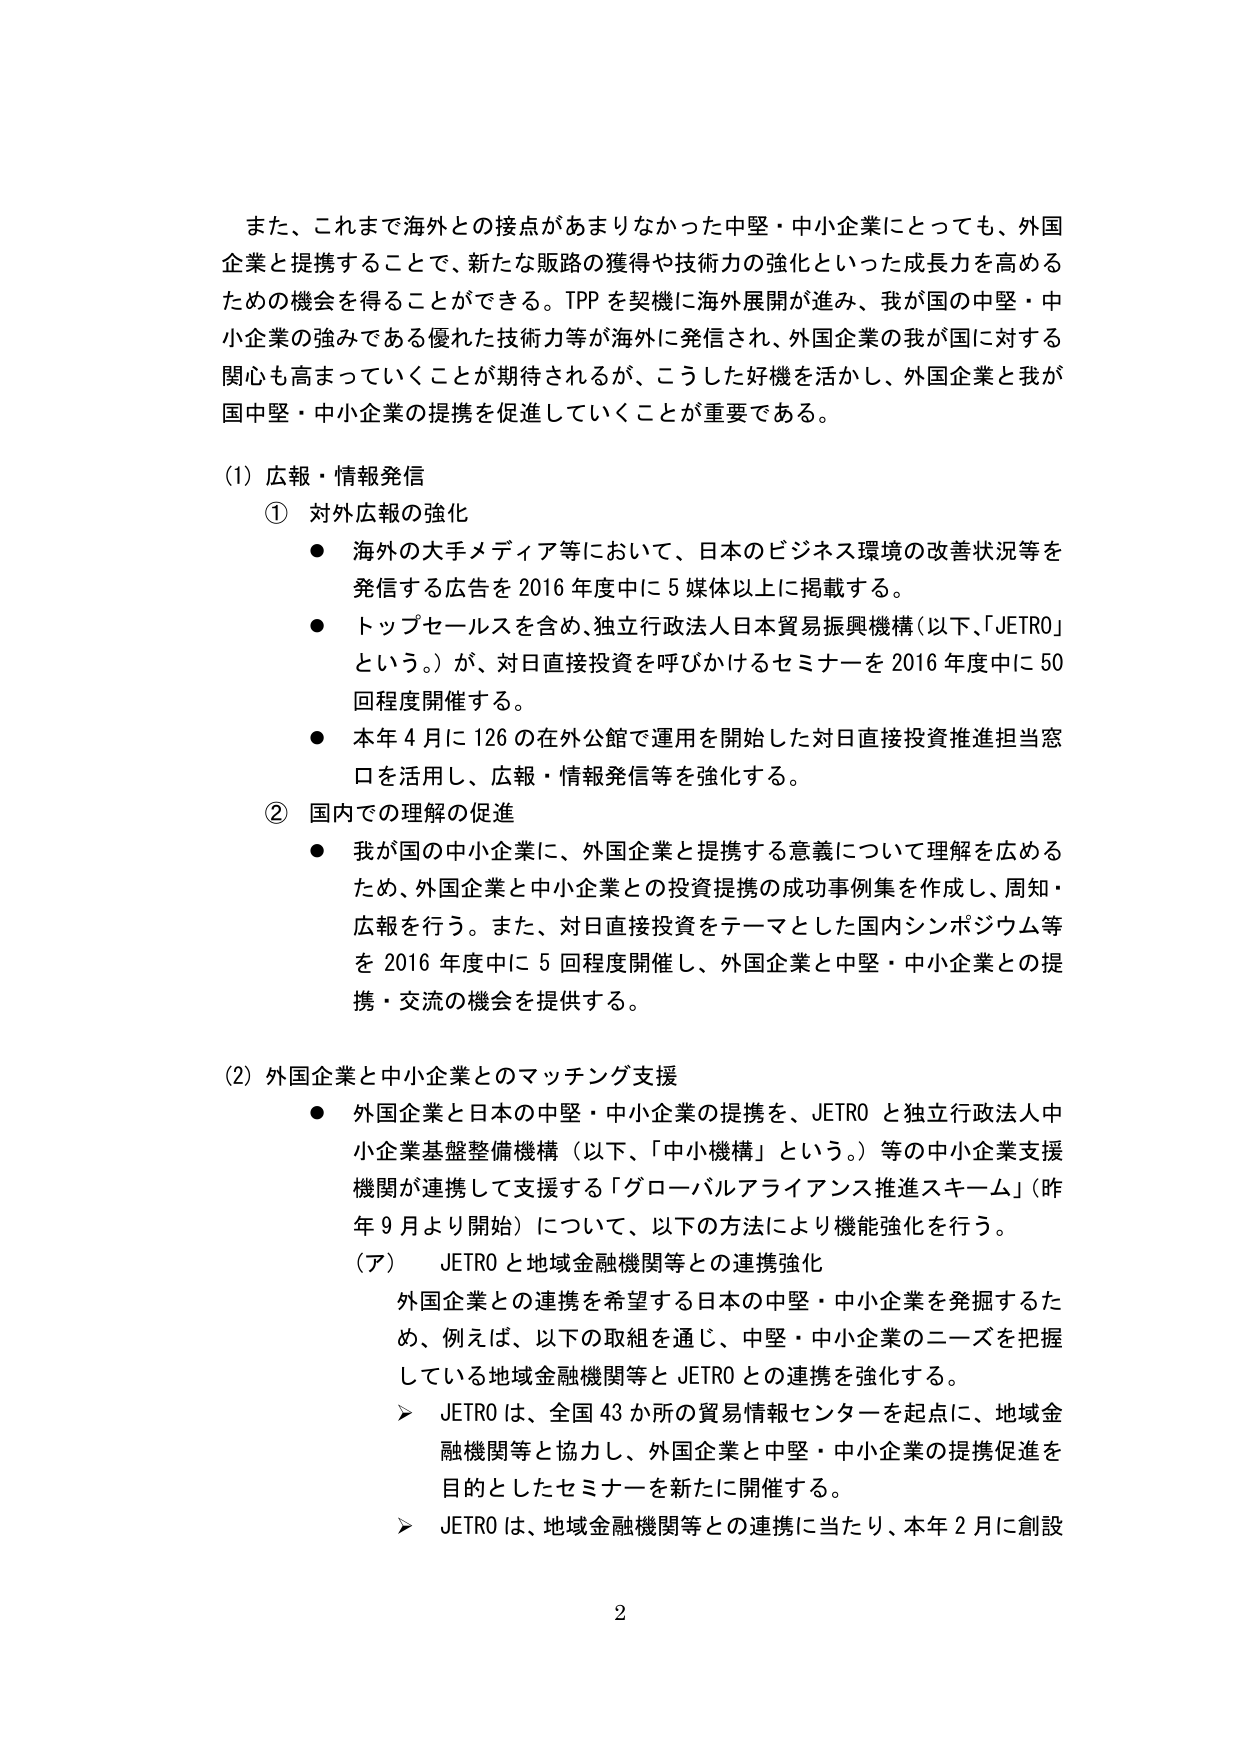
また、これまで海外との接点があまりなかった中堅・中小企業にとっても、外国企業と提携することで、新たな販路の獲得や技術力の強化といった成長力を高めるための機会を得ることができる。TPPを契機に海外展開が進み、我が国の中堅・中小企業の強みである優れた技術力等が海外に発信され、外国企業の我が国に対する関心も高まっていくことが期待されるが、こうした好機を活かし、外国企業と我が国中堅・中小企業の提携を促進していくことが重要である。

(1) 広報・情報発信
① 対外広報の強化
・ 海外の大手メディア等において、日本のビジネス環境の改善状況等を発信する広告を2016年度中に5媒体以上に掲載する。
・ トップセールスを含め、独立行政法人日本貿易振興機構（以下、「JETRO」という。）が、対日直接投資を呼びかけるセミナーを2016年度中に50回程度開催する。
・ 本年4月に126の在外公館で運用を開始した対日直接投資推進担当窓口を活用し、広報・情報発信等を強化する。
② 国内での理解の促進
・ 我が国の中小企業に、外国企業と提携する意義について理解を広めるため、外国企業と中小企業との投資提携の成功事例集を作成し、周知・広報を行う。また、対日直接投資をテーマとした国内シンポジウム等を2016年度中に5回程度開催し、外国企業と中堅・中小企業との提携・交流の機会を提供する。

(2) 外国企業と中小企業とのマッチング支援
・ 外国企業と日本の中堅・中小企業の提携を、JETROと独立行政法人中小企業基盤整備機構（以下、「中小機構」という。）等の中小企業支援機関が連携して支援する「グローバルアライアンス推進スキーム」（昨年9月より開始）について、以下の方法により機能強化を行う。
（ア） JETROと地域金融機関等との連携強化
外国企業との連携を希望する日本の中堅・中小企業を発掘するため、例えば、以下の取組を通じ、中堅・中小企業のニーズを把握している地域金融機関等とJETROとの連携を強化する。
➤ JETROは、全国43か所の貿易情報センターを起点に、地域金融機関等と協力し、外国企業と中堅・中小企業の提携促進を目的としたセミナーを新たに開催する。
➤ JETROは、地域金融機関等との連携に当たり、本年2月に創設

2